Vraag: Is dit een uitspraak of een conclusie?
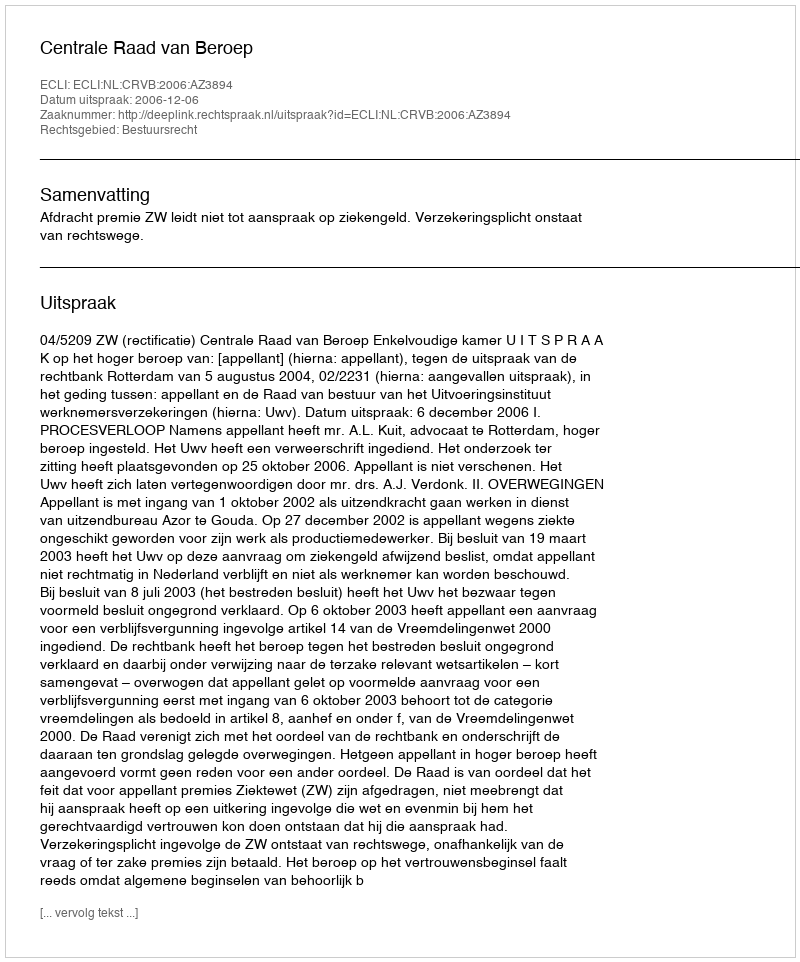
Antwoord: Uitspraak